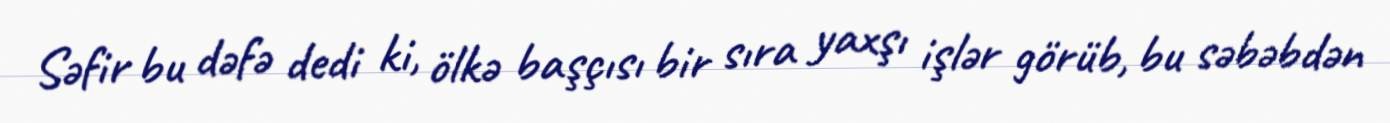
Səfir bu dəfə dedi ki, ölkə başçısı bir sıra yaxşı işlər görüb, bu səbəbdən